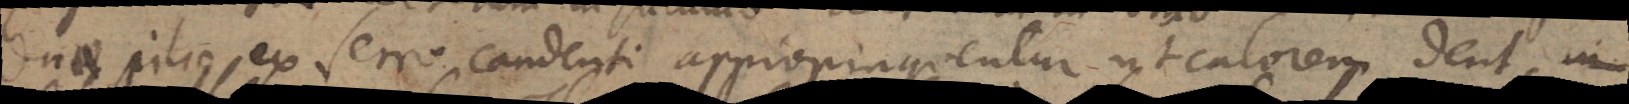
duae pilae ex ferro candenti appropinquentur ut calorem dent.